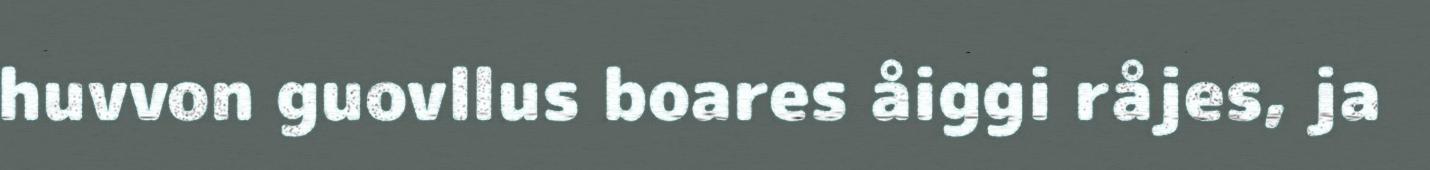
huvvon guovllus boares åiggi råjes, ja